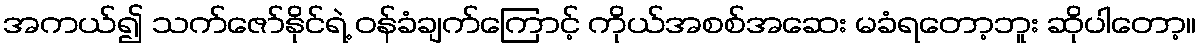
အကယ်၍ သက်ဇော်နိုင်ရဲ့ ဝန်ခံချက်ကြောင့် ကိုယ်အစစ်အဆေး မခံရတော့ဘူး ဆိုပါတော့။